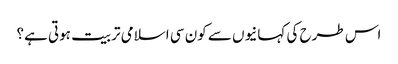
اس طرح کی کہانیوں سے کون سی اسلامی تربیت ہوتی ہے؟